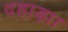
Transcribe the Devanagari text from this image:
दहाड़ा।